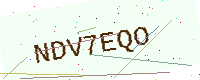
Text: NDV7EQO